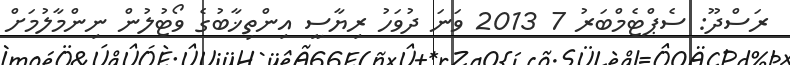
ރަސްދޫ: ސެޕްޓެމްބަރު 7 2013 ވަނަ ދުވަހު ރިޔާސީ އިންތިޚާބުގެ ވޯޓުލުން ނިންމާލުމަށް